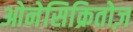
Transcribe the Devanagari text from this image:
ओनेसिक्रितोज़